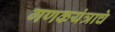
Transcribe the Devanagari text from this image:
गणकयंत्राचे